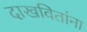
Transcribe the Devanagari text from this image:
दाखवितांना